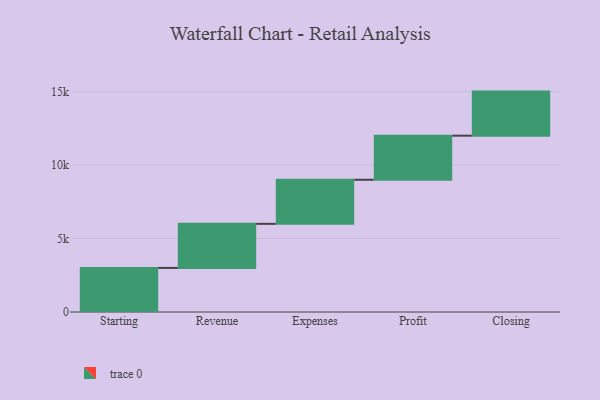
{"axis": {"x": "Step", "y": "Value"}, "legend": [""], "data": [{"x": "Starting", "y": 3000, "type": ""}, {"x": "Revenue", "y": 3000, "type": ""}, {"x": "Expenses", "y": 3000, "type": ""}, {"x": "Profit", "y": 3000, "type": ""}, {"x": "Closing", "y": 3000, "type": ""}]}